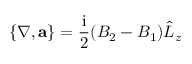
\{ \nabla , \mathbf { a } \} = \frac { \mathrm { i } } { 2 } ( B _ { 2 } - B _ { 1 } ) \hat { L } _ { z }